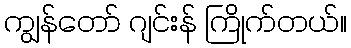
ကျွန်တော် ဂျင်းန် ကြိုက်တယ်။